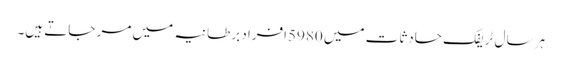
ہر سال ٹریفک حادثات میں 5980افراد برطانیہ میں مر جاتے ہیں۔